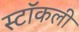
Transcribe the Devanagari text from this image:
स्टॉकली